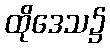
ထိုဒေသ၌